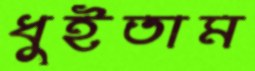
ধুইতাম